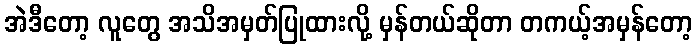
အဲဒီတော့ လူတွေ အသိအမှတ်ပြုထားလို့ မှန်တယ်ဆိုတာ တကယ့်အမှန်တော့